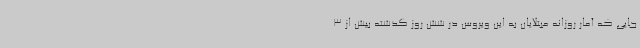
جایی که آمار روزانه مبتلایان به این ویروس در شش روز گذشته بیش از 3